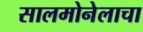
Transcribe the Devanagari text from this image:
सालमोनेलाचा